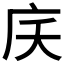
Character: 𭙖